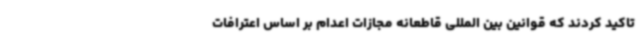
تاکید کردند که قوانین بین المللی قاطعانه مجازات اعدام بر اساس اعترافات